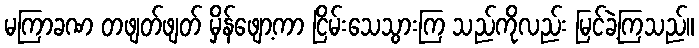
မကြာခဏ တဖျတ်ဖျတ် မှိန်ဖျော့ကာ ငြိမ်းသေသွားကြ သည်ကိုလည်း မြင်ခဲ့ကြသည်။